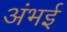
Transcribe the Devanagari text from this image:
अंभई